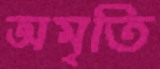
অমৃতি